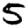
Digit: 5